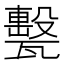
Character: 𤮛